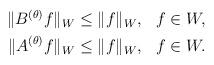
LaTeX: \begin{align*} \begin{aligned} \|B^{(\theta)} f \|_{W} & \leq \|f\|_{W}, &&f\in W,\\ \|A^{(\theta)} f \|_{W} &\leq \|f\|_{W}, &&f\in W. \end{aligned} \end{align*}